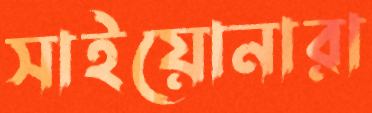
সাইয়োনারা